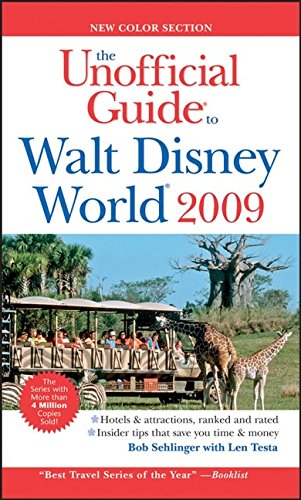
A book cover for The Unofficial Guide Walt Disney World 2009 (Unofficial Guides); Bob Sehlinger; Travel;